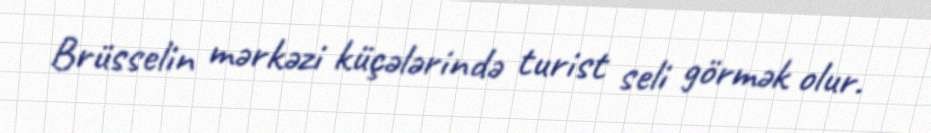
Brüsselin mərkəzi küçələrində turist seli görmək olur.